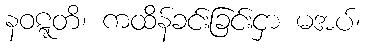
နဝဋ္ဋတိ၊ ကထိန်ခင်းခြင်းငှာ မအပ်၊